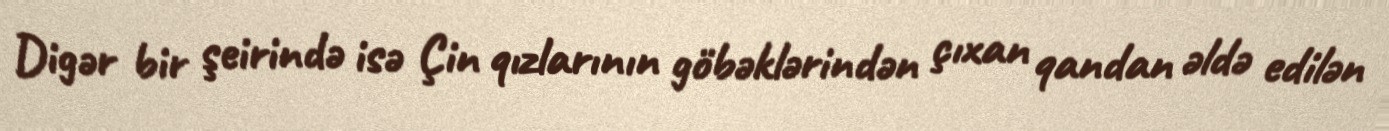
Digər bir şeirində isə Çin qızlarının göbəklərindən çıxan qandan əldə edilən